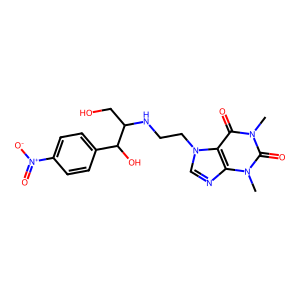
SMILES: Cn1c(=O)c2c(ncn2CCNC(CO)C(O)c2ccc([N+](=O)[O-])cc2)n(C)c1=O
Inhibits HIV replication: No